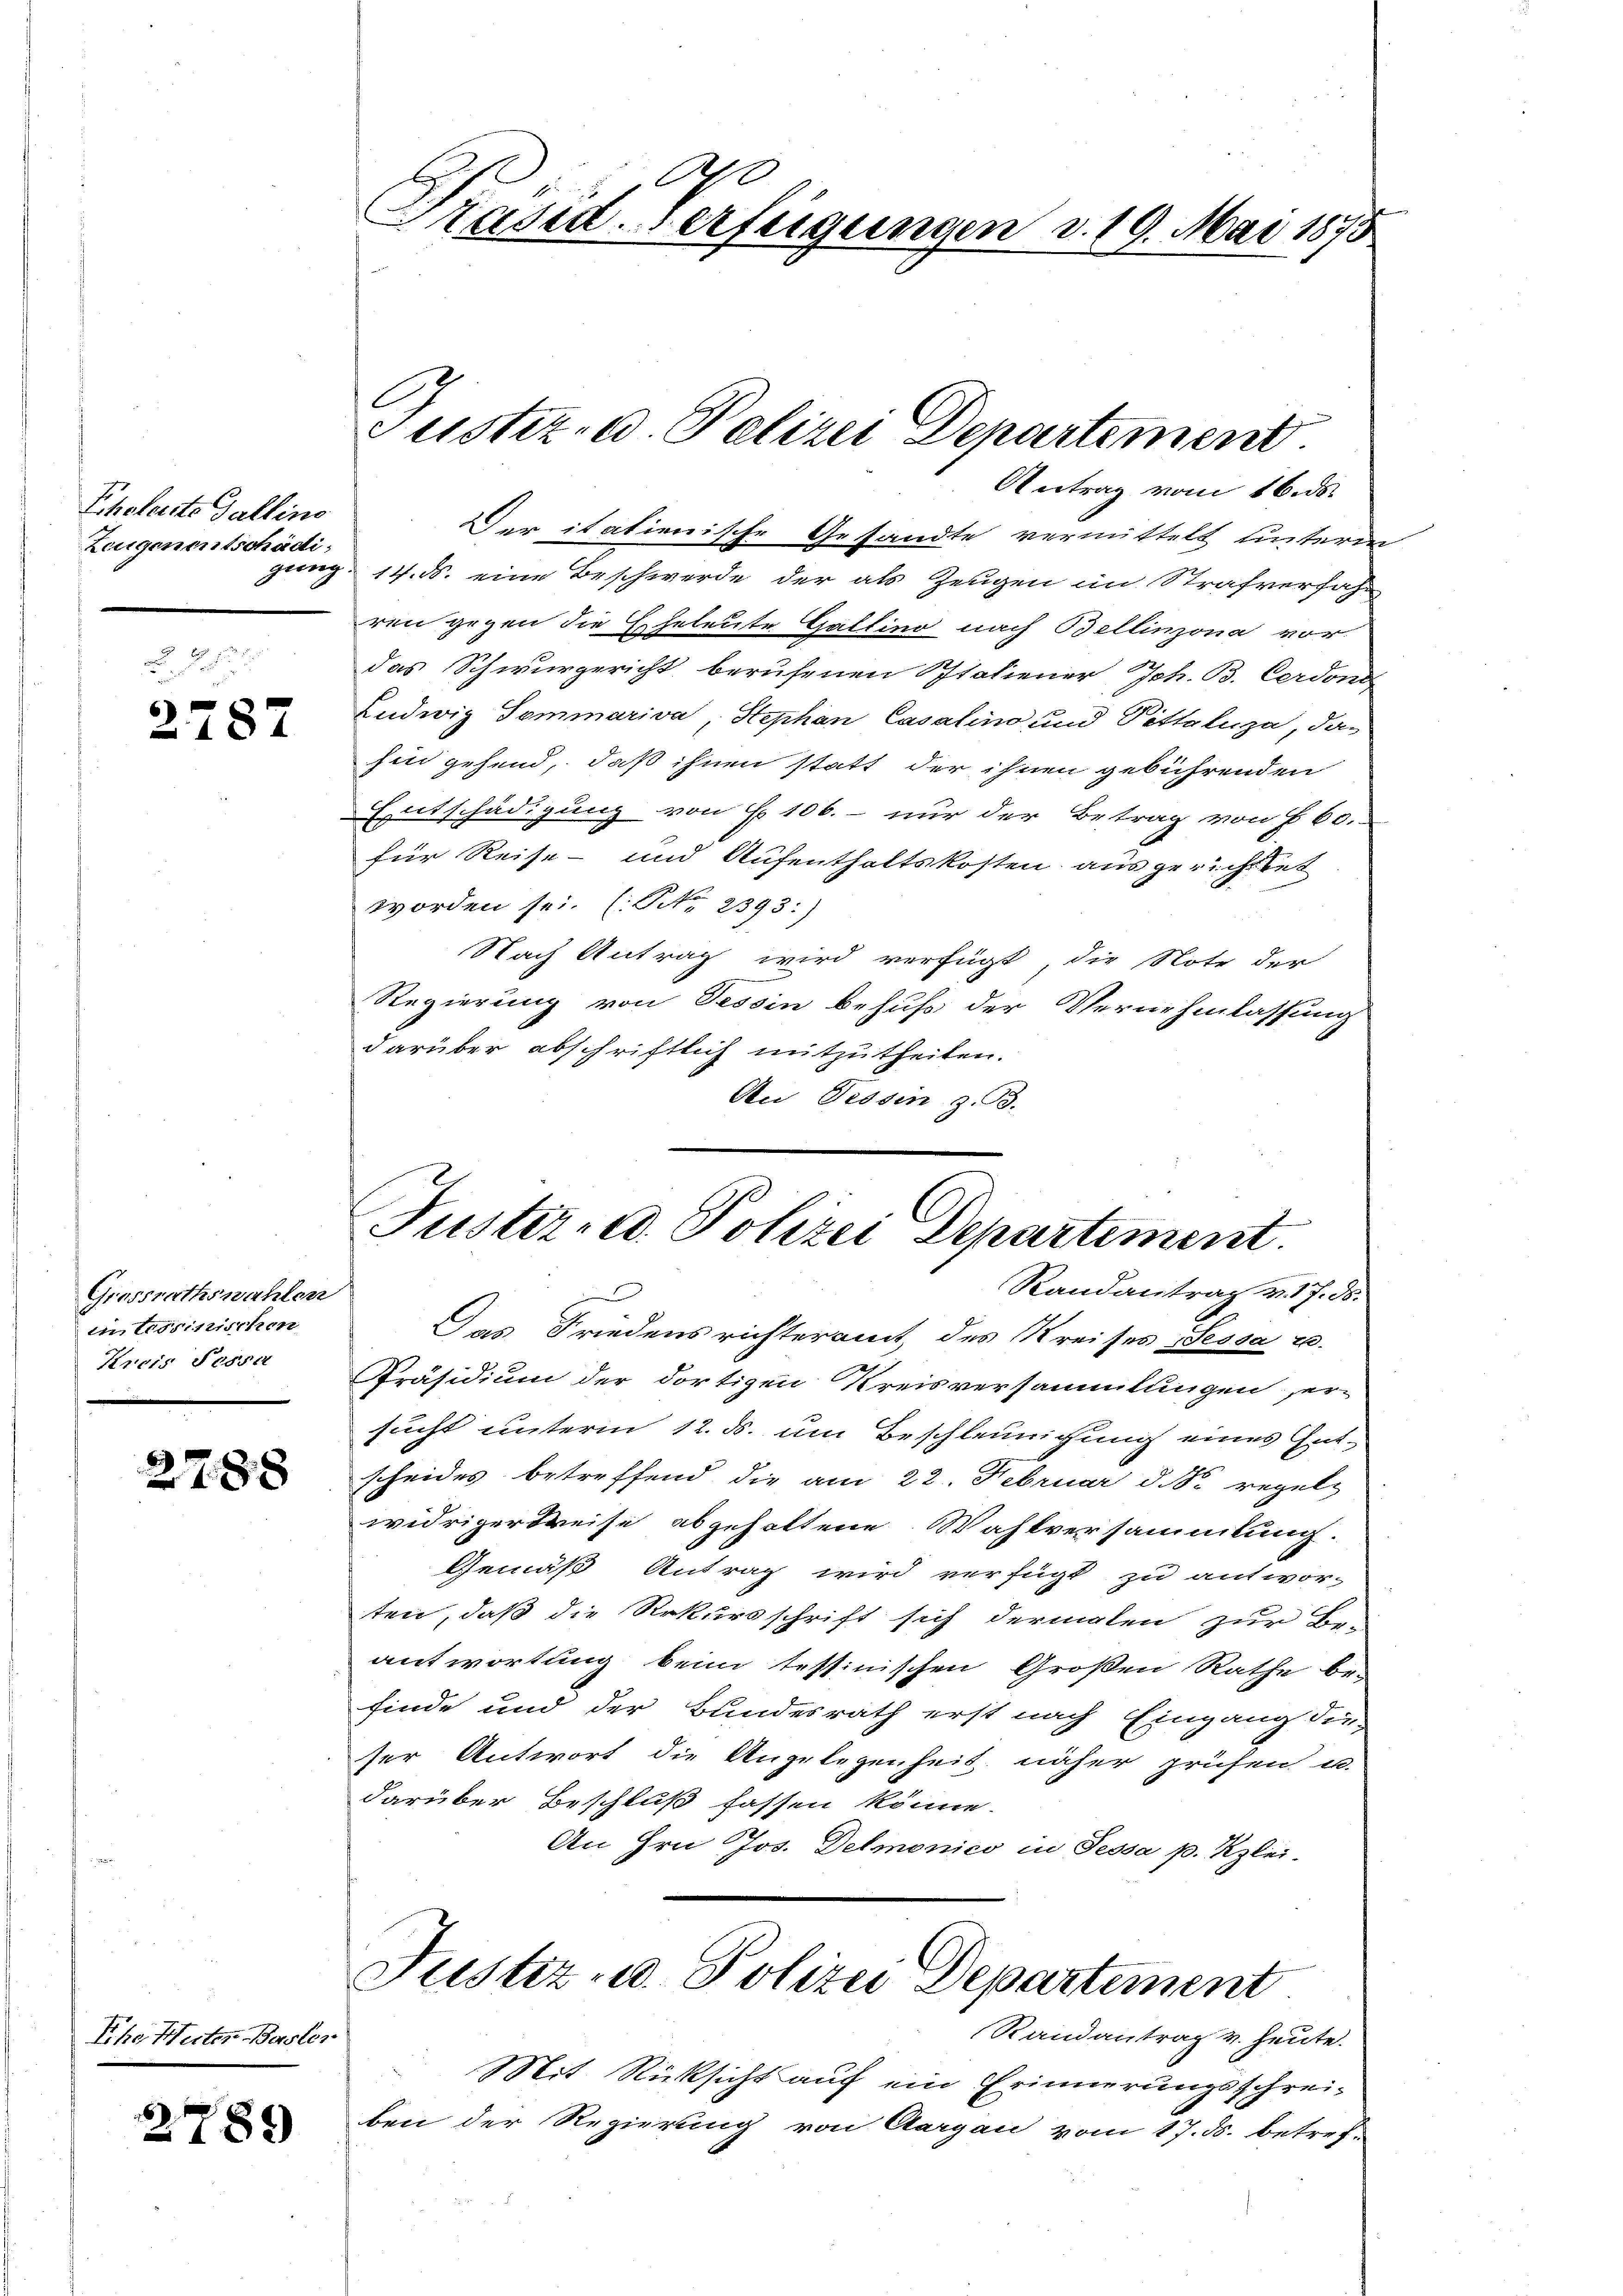
Eheleiste Gallins
Zeugen entschädi¬

2787

Grossrathswahlen
in Tessinischen
Kreis Tessi

2788

Pho Weiter Basle

2789

E
A
räsid. Verfügungen v. 19. Mai 1875

Der itationische Gesandte vermittelt unteren
gung. 14. ds. eine Beschwerde der als Zeugen im Strafverfahr
ren gegen die Eheleute Gattino nach Bellinzona vor
das Schwurgericht berufenen Staliener Joh. B. Cerdons
Ludwig Sommariva, Stephan Casalino und Sittelnza, das
hin gehend, daß ihnen statt der ihnen gebührenden
Entschädigung von § 106. - nur der Betrag von § 60.
für Reise- und Aufenthaltskosten ausgerichttet
worden sei. (NNo. 2393:)
Nach Antrag wird verfügt die Note der
Regierung von Tessin behufs der Vernehmlassung
darüber abschriftlich mitzutheilen.
An Tessin z. B.

Justiz- u. Polizei Departement

Das Friedensrichteramt des Kreises Sessa u.
Präsidium der dortigen Kreisversammlungen er-
sucht unterm 12. ds. um Beschleunigung eines Gutscheides betreffend die am 22. Februar d. S. regelz
widrigerkreise abgehaltene Wahlversammlung.
Gemäß Antrag wird verfügt zu antwor-
ten, daß die Rekursschrift sich dermalen zur Be-
antwortung beim tessinischen Großen Rathe be-
finde und der Bundesrath erst nach Eingang die
ser Antwort die Angelegenheit näher prüfen u.
darüber Beschluß fassen könne.
An Hrn Jos. Demonico in Tessa p. Kzlei-
Justiz- u. Polizei Departement
Randantrag v. Heute.
Mit Rücksicht auf ein Erinnerungsschreiben der Regierung von Aargau vom 17. ds. betref-

Antrag vom 16. ds.

Juster-Ad. Polizei Departement.
Randantrag v. 17. ds.